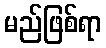
မည်ဖြစ်ရာ